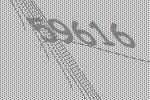
59616